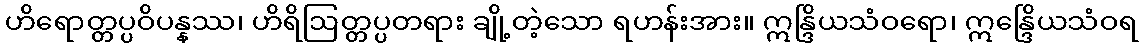
ဟိရောတ္တပ္ပဝိပန္နဿ၊ ဟိရိဩတ္တပ္ပတရား ချို့တဲ့သော ရဟန်းအား။ ဣန္ဒြိယသံဝရော၊ ဣန္ဒြေိယသံဝရ